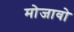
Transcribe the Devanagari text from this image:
मोजावो